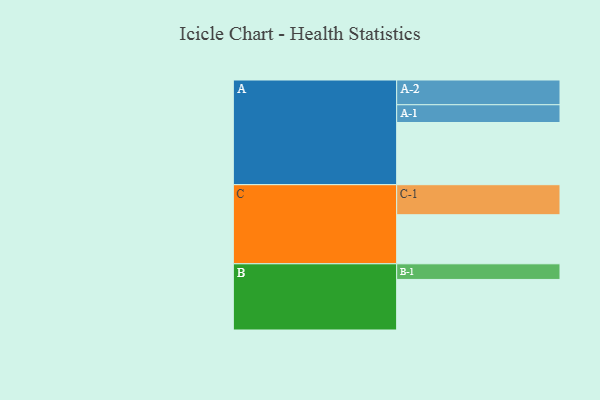
{"axis": {"x": "Segment", "y": "Value"}, "legend": ["", "A", "B", "C"], "data": [{"x": "A", "y": 588, "type": ""}, {"x": "B", "y": 478, "type": ""}, {"x": "C", "y": 464, "type": ""}, {"x": "A-1", "y": 168, "type": "A"}, {"x": "A-2", "y": 234, "type": "A"}, {"x": "B-1", "y": 148, "type": "B"}, {"x": "C-1", "y": 284, "type": "C"}]}